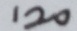
1 2 0